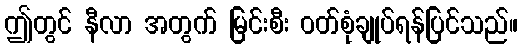
ဤတွင် နီလာ အတွက် မြင်းစီး ဝတ်စုံချုပ်ရန်ပြင်သည်။